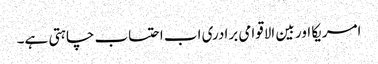
امریکا اور بین الاقوامی برادری اب احتساب چاہتی ہے۔